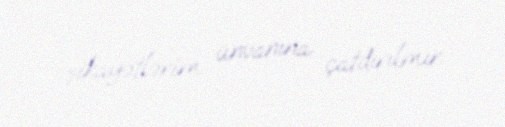
şikayətlərim ünvanına çatdırılmır.